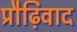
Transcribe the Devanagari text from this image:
प्रौढ़िवाद